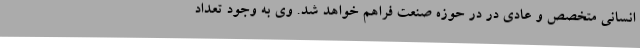
انسانی متخصص و عادی در در حوزه صنعت فراهم خواهد شد. وی به وجود تعداد